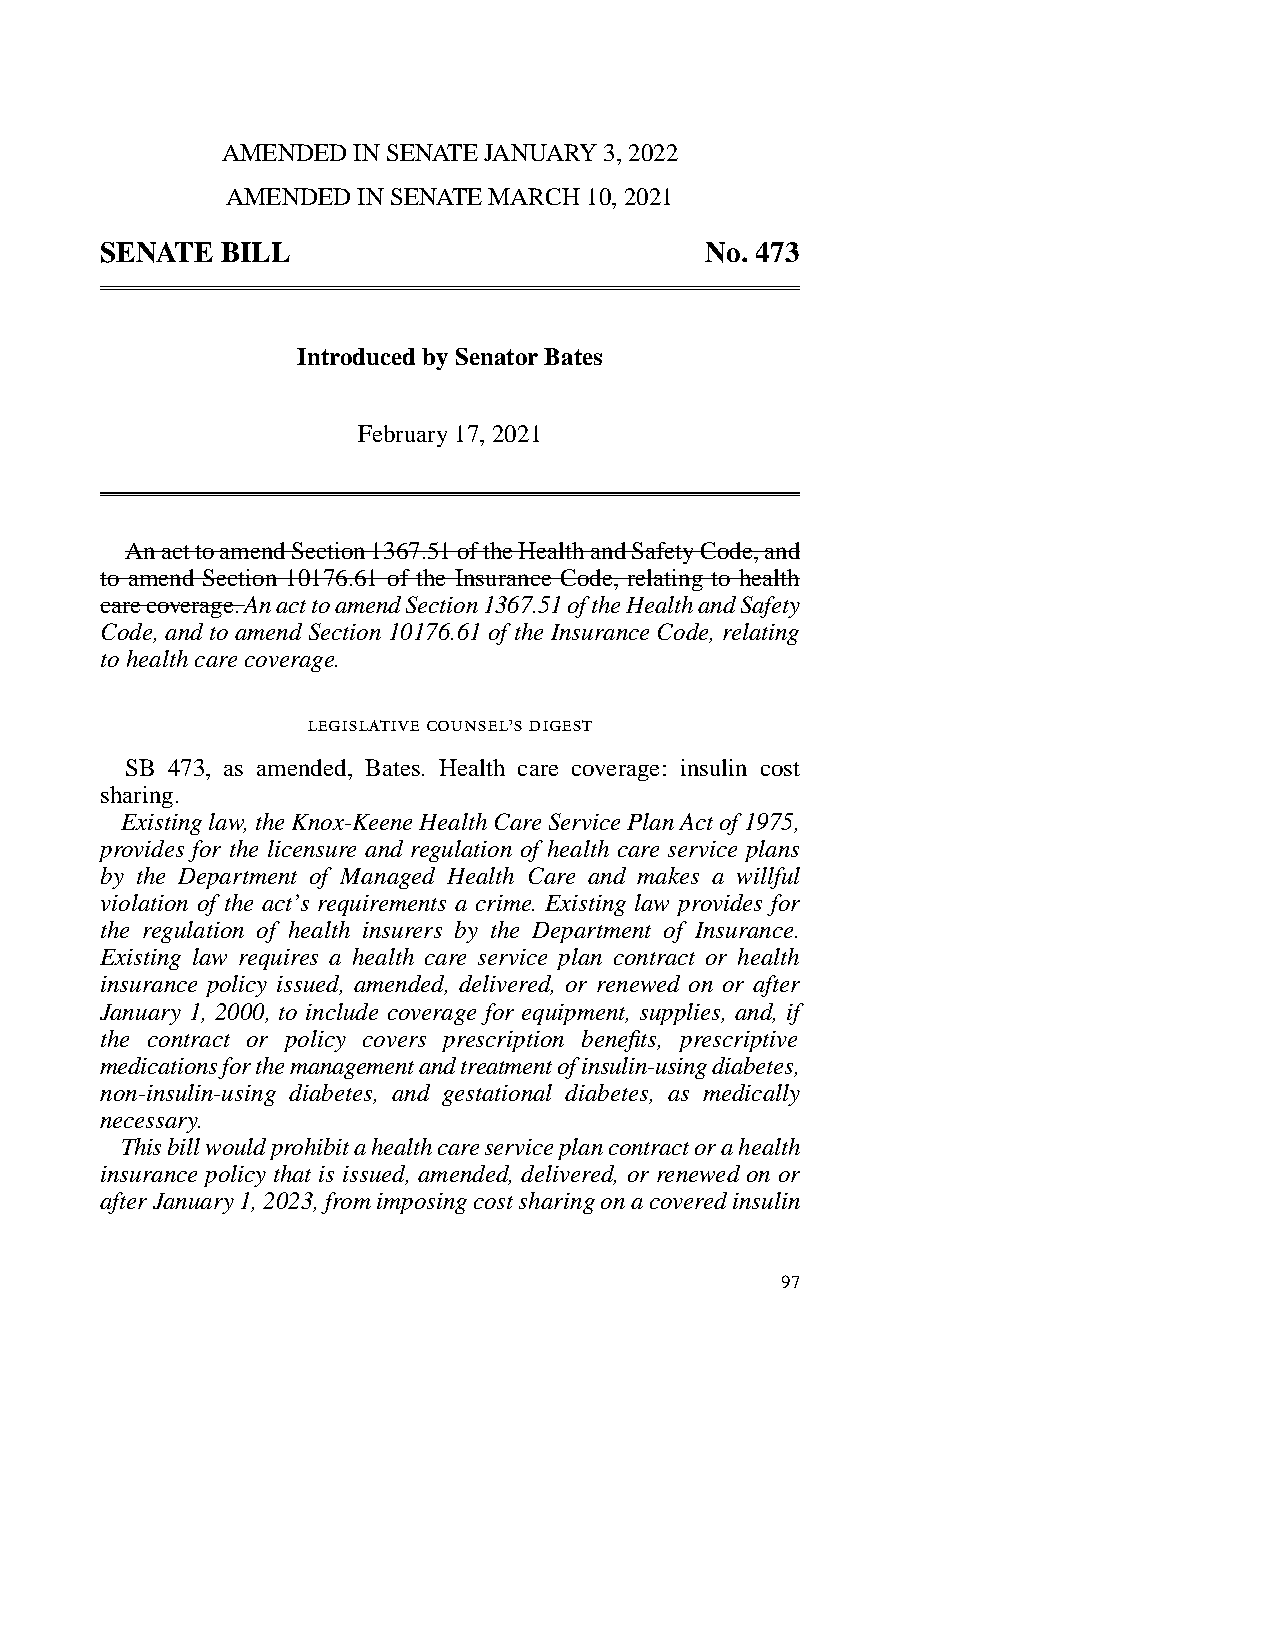
AMENDED IN SENATE JANUARY 3, 2022
 AMENDED  IN SENATE MARCH 10, 2021
 SENATE  BILL                            No. 473
 Introduced by Senator Bates
 February 17, 2021
 An act to amend Section 1367.51 of the Health and Safety Code, and
 to amend Section 10176.61 of the Insurance Code, relating to health
 care coverage. An act to amend Section 1367.51 of the Health and Safety
 Code, and to amend Section 10176.61 of the Insurance Code, relating
 to health care coverage.
 legislative counsel’s digest
 SB 473, as amended, Bates. Health care coverage: insulin cost
 sharing.
 Existing law, the Knox-Keene Health Care Service Plan Act of 1975,
 provides for the licensure and regulation of health care service plans
 by the Department of Managed Health Care and makes a willful
 violation of the act’s requirements a crime. Existing law provides for
 the regulation of health insurers by the Department of Insurance.
 Existing law requires a health care service plan contract or health
 insurance policy issued, amended, delivered, or renewed on or after
 January 1, 2000, to include coverage for equipment, supplies, and, if
 the contract or policy covers prescription benefits, pr escriptive
 medications for the management and treatment of insulin-using diabetes,
 non-insulin-using diabetes, and gestational diabetes, as medically
 necessary.
 This bill would prohibit a health care service plan contract or a health
 insurance policy that is issued, amended, delivered, or renewed on or
 after January 1, 2023, from imposing cost sharing on a covered insulin
 97